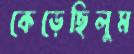
কেড়েছিলুম